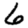
Digit: 6